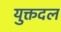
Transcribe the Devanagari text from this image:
युक्तदल